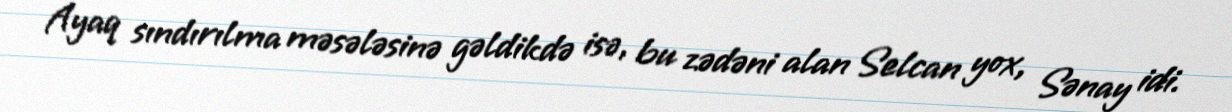
Ayaq sındırılma məsələsinə gəldikdə isə, bu zədəni alan Selcan yox, Sənay idi.